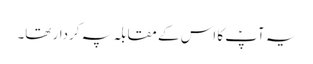
یہ آپؑ کا اس کے مقابلہ پہ کردار تھا۔